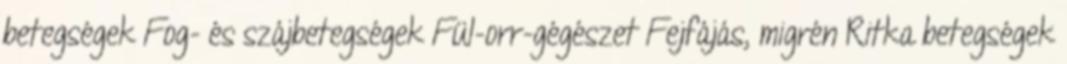
betegségek Fog- és szájbetegségek Fül-orr-gégészet Fejfájás, migrén Ritka betegségek